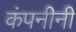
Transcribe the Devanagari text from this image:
कंपनीनी